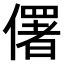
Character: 𠏲